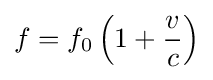
f=f_{0}\left(1+{\frac {v}{c}}\right)